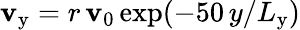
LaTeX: \mathbf{v}_{\mathrm{{y}}}=r\, \mathbf{v}_{\mathrm{{0}}}\, {\exp}(-50\, y/L_{\mathrm{{y}}})